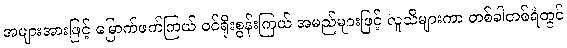
အများအားဖြင့် မြောက်ဖက်ကြယ် ဝင်ရိုးစွန်းကြယ် အမည်များဖြင့် လူသိများကာ တစ်ခါတစ်ရံတွင်